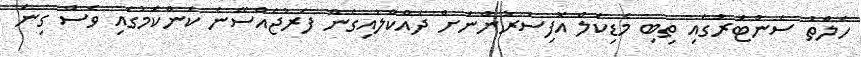
ހެލްތު ސެންޓަރުގައި ތިބި މެޑިކަލް އޮފިސަރުންނަށް ދައްކާލައިގެން ފަރުޖެއްސޭނެ ކަންކަމުގައި ވެސް ގިނަ